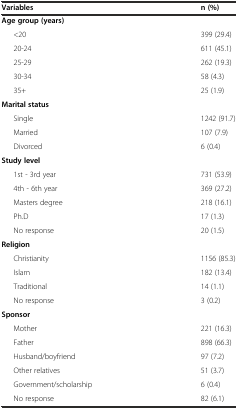
<table><thead><tr><td><b>Variables</b></td><td><b>n (%)</b></td></tr></thead><tbody><tr><td><b>Age group (years)</b></td><td></td></tr><tr><td>&lt;20</td><td>399 (29.4)</td></tr><tr><td>20-24</td><td>611 (45.1)</td></tr><tr><td>25-29</td><td>262 (19.3)</td></tr><tr><td>30-34</td><td>58 (4.3)</td></tr><tr><td>35+</td><td>25 (1.9)</td></tr><tr><td><b>Marital status</b></td><td></td></tr><tr><td>Single</td><td>1242 (91.7)</td></tr><tr><td>Married</td><td>107 (7.9)</td></tr><tr><td>Divorced</td><td>6 (0.4)</td></tr><tr><td><b>Study level</b></td><td></td></tr><tr><td>1st - 3rd year</td><td>731 (53.9)</td></tr><tr><td>4th - 6th year</td><td>369 (27.2)</td></tr><tr><td>Masters degree</td><td>218 (16.1)</td></tr><tr><td>Ph.D</td><td>17 (1.3)</td></tr><tr><td>No response</td><td>20 (1.5)</td></tr><tr><td><b>Religion</b></td><td></td></tr><tr><td>Christianity</td><td>1156 (85.3)</td></tr><tr><td>Islam</td><td>182 (13.4)</td></tr><tr><td>Traditional</td><td>14 (1.1)</td></tr><tr><td>No response</td><td>3 (0.2)</td></tr><tr><td><b>Sponsor</b></td><td></td></tr><tr><td>Mother</td><td>221 (16.3)</td></tr><tr><td>Father</td><td>898 (66.3)</td></tr><tr><td>Husband/boyfriend</td><td>97 (7.2)</td></tr><tr><td>Other relatives</td><td>51 (3.7)</td></tr><tr><td>Government/scholarship</td><td>6 (0.4)</td></tr><tr><td>No response</td><td>82 (6.1)</td></tr></tbody></table>